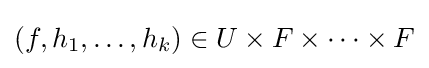
\left(f,h_{1},\dots ,h_{k}\right)\in U\times F\times \cdots \times F